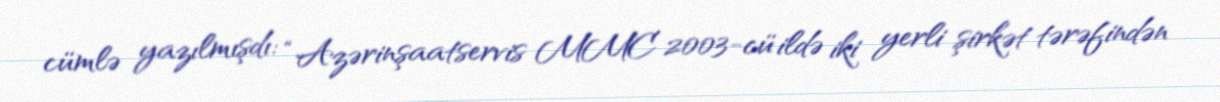
cümlə yazılmışdı: “Azərinşaatservis MMC 2003-cü ildə iki yerli şirkət tərəfindən